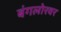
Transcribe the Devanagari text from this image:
बंगलोरवर